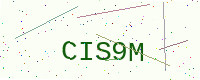
Text: CIS9M